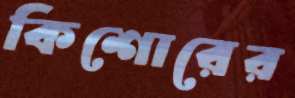
কিশোরের